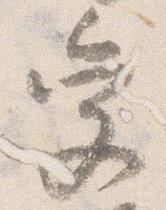
受